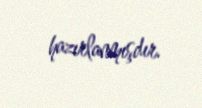
hazırlanmışdır.